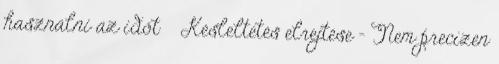
használni az időt ● Késleltetés elrejtése – Nem precízen